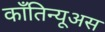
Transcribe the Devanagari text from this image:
काँतिन्यूअस